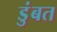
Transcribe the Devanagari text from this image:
डुंबत